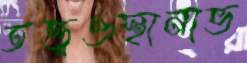
তত্ত্বওস্থানাভ